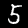
Label: 5